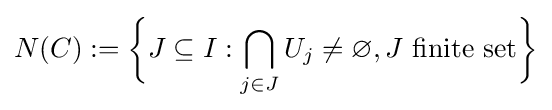
N(C):={\bigg \{}J\subseteq I:\bigcap _{j\in J}U_{j}\neq \varnothing ,J{\text{ finite set}}{\bigg \}}